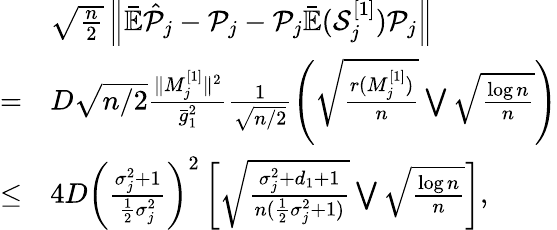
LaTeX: \begin{array}{rl}&{\sqrt{\frac{n}{2}}\left\| \bar{\mathbb{E}}\hat{{\cal P}}_{j}-{\cal P}_{j}-{\cal P}_{j}\bar{\mathbb{E}}({\cal S}_{j}^{[1]}){\cal P}_{j}\right\| }\\ {=}&{D\sqrt{n/2}\frac{\| M_{j}^{[1]}\| ^{2}}{\bar{g}_{1}^{2}}\frac{1}{\sqrt{n/2}}\left(\sqrt{\frac{r(M_{j}^{[1]})}{n}}\bigvee\sqrt{\frac{\log n}{n}}\right)}\\ {\le}&{4D\left(\frac{\sigma_{j}^{2}+1}{\frac{1}{2}\sigma_{j}^{2}}\right)^{2}\left[\sqrt{\frac{\sigma_{j}^{2}+d_{1}+1}{n(\frac{1}{2}\sigma_{j}^{2}+1)}}\bigvee\sqrt{\frac{\log n}{n}}\right],}\end{array}